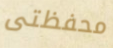
محفظتى